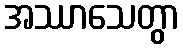
အဿာသေတွာ